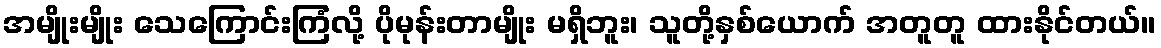
အမျိုးမျိုး သေကြောင်းကြံလို့ ပိုမုန်းတာမျိုး မရှိဘူး၊ သူတို့နှစ်ယောက် အတူတူ ထားနိုင်တယ်။